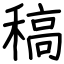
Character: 稿